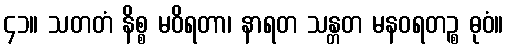
၄၁။ သတတံ နိစ္စ မဝိရတာ၊ နာရတ သန္တတ မနဝရတဉ္စ ဓုဝံ။